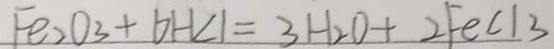
F e _ { 2 } O _ { 3 } + 6 H C 1 = 3 H _ { 2 } O + 2 F e C l _ { 3 }